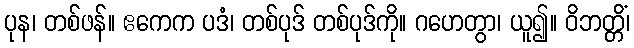
ပုန၊ တစ်ဖန်။ ဧကေက ပဒံ၊ တစ်ပုဒ် တစ်ပုဒ်ကို။ ဂဟေတွာ၊ ယူ၍။ ဝိဘတ္တိံ၊